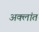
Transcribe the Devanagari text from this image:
अक्लांत